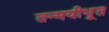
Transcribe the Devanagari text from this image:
तन्मयीभूत